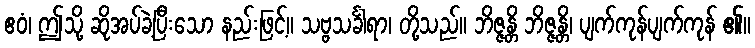
ဧဝံ၊ ဤသို့ ဆိုအပ်ခဲ့ပြီးသော နည်းဖြင့်။ သဗ္ဗသင်္ခါရာ၊ တို့သည်။ ဘိဇ္ဇန္တိ ဘိဇ္ဇန္တိ၊ ပျက်ကုန်ပျက်ကုန် ၏။